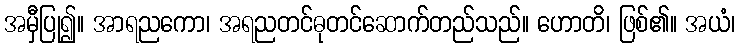
အမှီပြု၍။ အာရညကော၊ အရညတင်ဓုတင်ဆောက်တည်သည်။ ဟောတိ၊ ဖြစ်၏။ အယံ၊